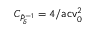
C _ { \hat { P } _ { \delta } ^ { - 1 } } = 4 / \mathsf { a c v } _ { 0 } ^ { 2 }